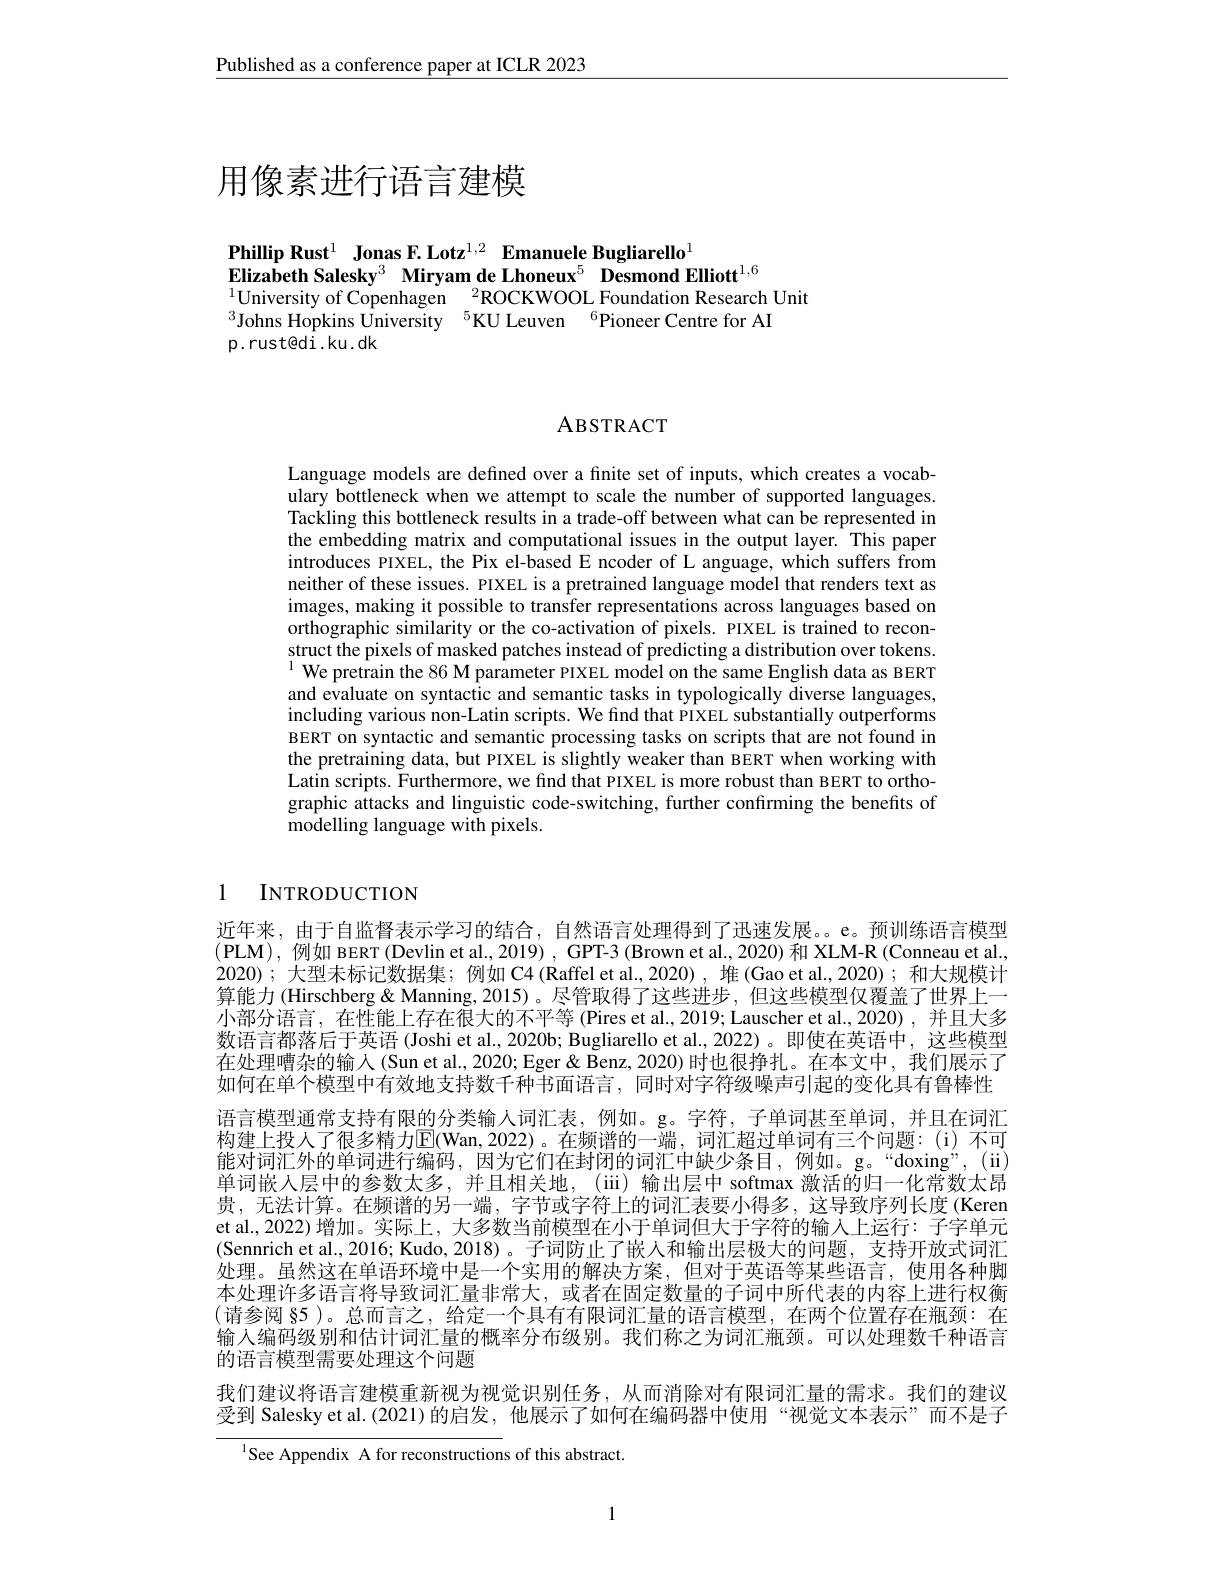
$\underline{\text{Published as a conference paper at ICLR 2023}}$

# 用像素进行语言建模

Phillip Rust$^1$ Jonas F. Lotz$^{1,2}$ Emanuele Bugliarello$^1$
Elizabeth Salesky$^{3}$ Miryam de Lhoneux$^{5}$ Desmond Elliott$^{1,6}$
$^{1}$University of Copenhagen$\:^2$ROCKWOOL Foundation Research Unit
$^{3}$Johns Hopkins University$^{5}$KU Leuven$^{6}$Pioneer Centre for AI
p.rust@di.ku.dk

ABSTRACT

Language models are defined over a finite set of inputs, which creates a vocabulary bottleneck when we attempt to scale the number of supported languages. Tackling this bottleneck results in a trade-off between what can be represented in the embedding matrix and computational issues in the output layer. This paper introduces PIXEL, the Pix el-based E ncoder of L anguage, which suffers from neither of these issues. PIXEL is a pretrained language model that renders text as images, making it possible to transfer representations across languages based on orthographic similarity or the co-activation of pixels. PIXEL is trained to reconstruct the pixels of masked patches instead of predicting a distribution over tokens. $^{1}\hat{\text{We pretrain the 86 M parameter PIXEL model on the same English data as BERT}}$ and evaluate on syntactic and semantic tasks in typologically diverse languages, including various non-Latin scripts. We find that PIXEL substantially outperforms BERT on syntactic and semantic processing tasks on scripts that are not found in the pretraining data, but PIXEL is slightly weaker than BERT when working with Latin scripts. Furthermore, we fınd that PIXEL is more robust than BERT to orthographic attacks and linguistic code-switching, further confirming the benefits of modelling language with pixels.

# 1 INTRODUCTION

近年来，由于自监督表示学习的结合，自然语言处理得到了迅速发展。e。预训练语言模型$(\mathbf{PLM})$,例如 BERT (Devlin et al., 2019) , GPT-3 (Brown et al., 2020) 和 XLM-R (Conneau et al., 2020);大型未标记数据集；例如 C4(Raffel et al.,2020),堆(Gao et al.,2020);和大规模计算能力 (Hirschberg & Manning, 2015) 。尽管取得了这些进步 , 但这些模型仅覆盖了世界上一小部分语言，在性能上存在很大的不平等 (Pires et al.,2019; Lauscher et al.,2020),并且大多数语言都落后于英语 (Joshi et al., 2020b; Bugliarello et al., 2022)。即使在英语中，这些模型在处理嘈杂的输人(Sun et al., 2020; Eger & Benz, 2020) 时也很挣扎。在本文中，我们展示了如何在单个模型中有效地支持数千种书面语言，同时对字符级噪声引起的变化具有鲁棒性语言模型通常支持有限的分类输人词汇表，例如。g。字符，子单词甚至单词，并且在词汇构建上投入了很多精力$\boxed{\mathrm{E}(\mathrm{Wan,2022)}}$。在频谱的一端，词汇超过单词有三个问题：(i)不可能对词汇外的单词进行编码，因为它们在封闭的词汇中缺少条目，例如。g。“doxing”,(ii) 单词嵌人层中的参数太多，并且相关地，(iii) 输出层中 softmax 激活的归一化常数太昂贵，无法计算。在频谱的另一端，字节或字符上的词汇表要小得多，这导致序列长度(Keren et al., 2022) 增加。实际上，大多数当前模型在小于单词但大于字符的输人上运行：子字单元(Sennrich et al., 2016; Kudo, 2018)。子词防止了嵌人和输出层极大的问题，支持开放式词汇处理。虽然这在单语环境中是一个实用的解决方案，但对于英语等某些语言，使用各种脚本处理许多语言将导致词汇量非常大，或者在固定数量的子词中所代表的内容上进行权衡(请参阅 §5)。总而言之，给定一个具有有限词汇量的语言模型，在两个位置存在瓶颈：在输入编码级别和估计词汇量的概率分布级别。我们称之为词汇瓶颈。可以处理数千种语言的语言模型需要处理这个问题
我们建议将语言建模重新视为视觉识别任务，从而消除对有限词汇量的需求。我们的建议受到 Salesky et al.(2021)的启发，他展示了如何在编码器中使用“视觉文本表示”而不是子

$^{1}$See Appendix A for reconstructions of this abstract.

1